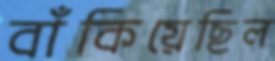
বাঁকিয়েছিল